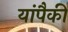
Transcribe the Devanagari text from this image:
यांपैकीं